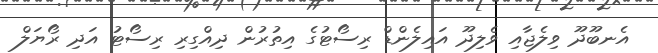
އެނބޫދޫ ވިލެޖާއި ވެލިދޫ އައިލެންޑް ރިސޯޓުގެ އިތުރުން ދިއްގިރި ރިސޯޓު އަދި ރޯޔަލް